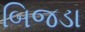
બિજડા